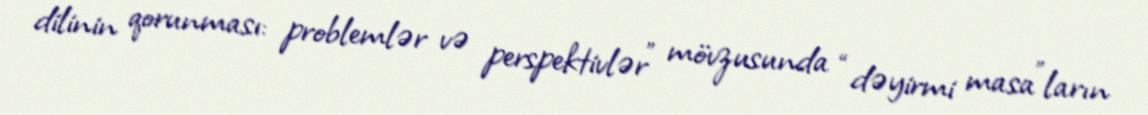
dilinin qorunması: problemlər və perspektivlər” mövzusunda “dəyirmi masa”ların